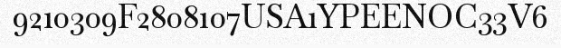
9210309F2808107USA1YPEENOC33V6